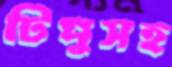
টিপুসহ